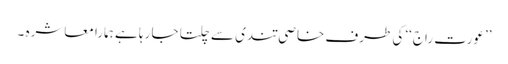
’’عورت راج‘‘ کی طرف خاصی تندی سے چلتا جا رہا ہے ہمارا معاشرہ ۔